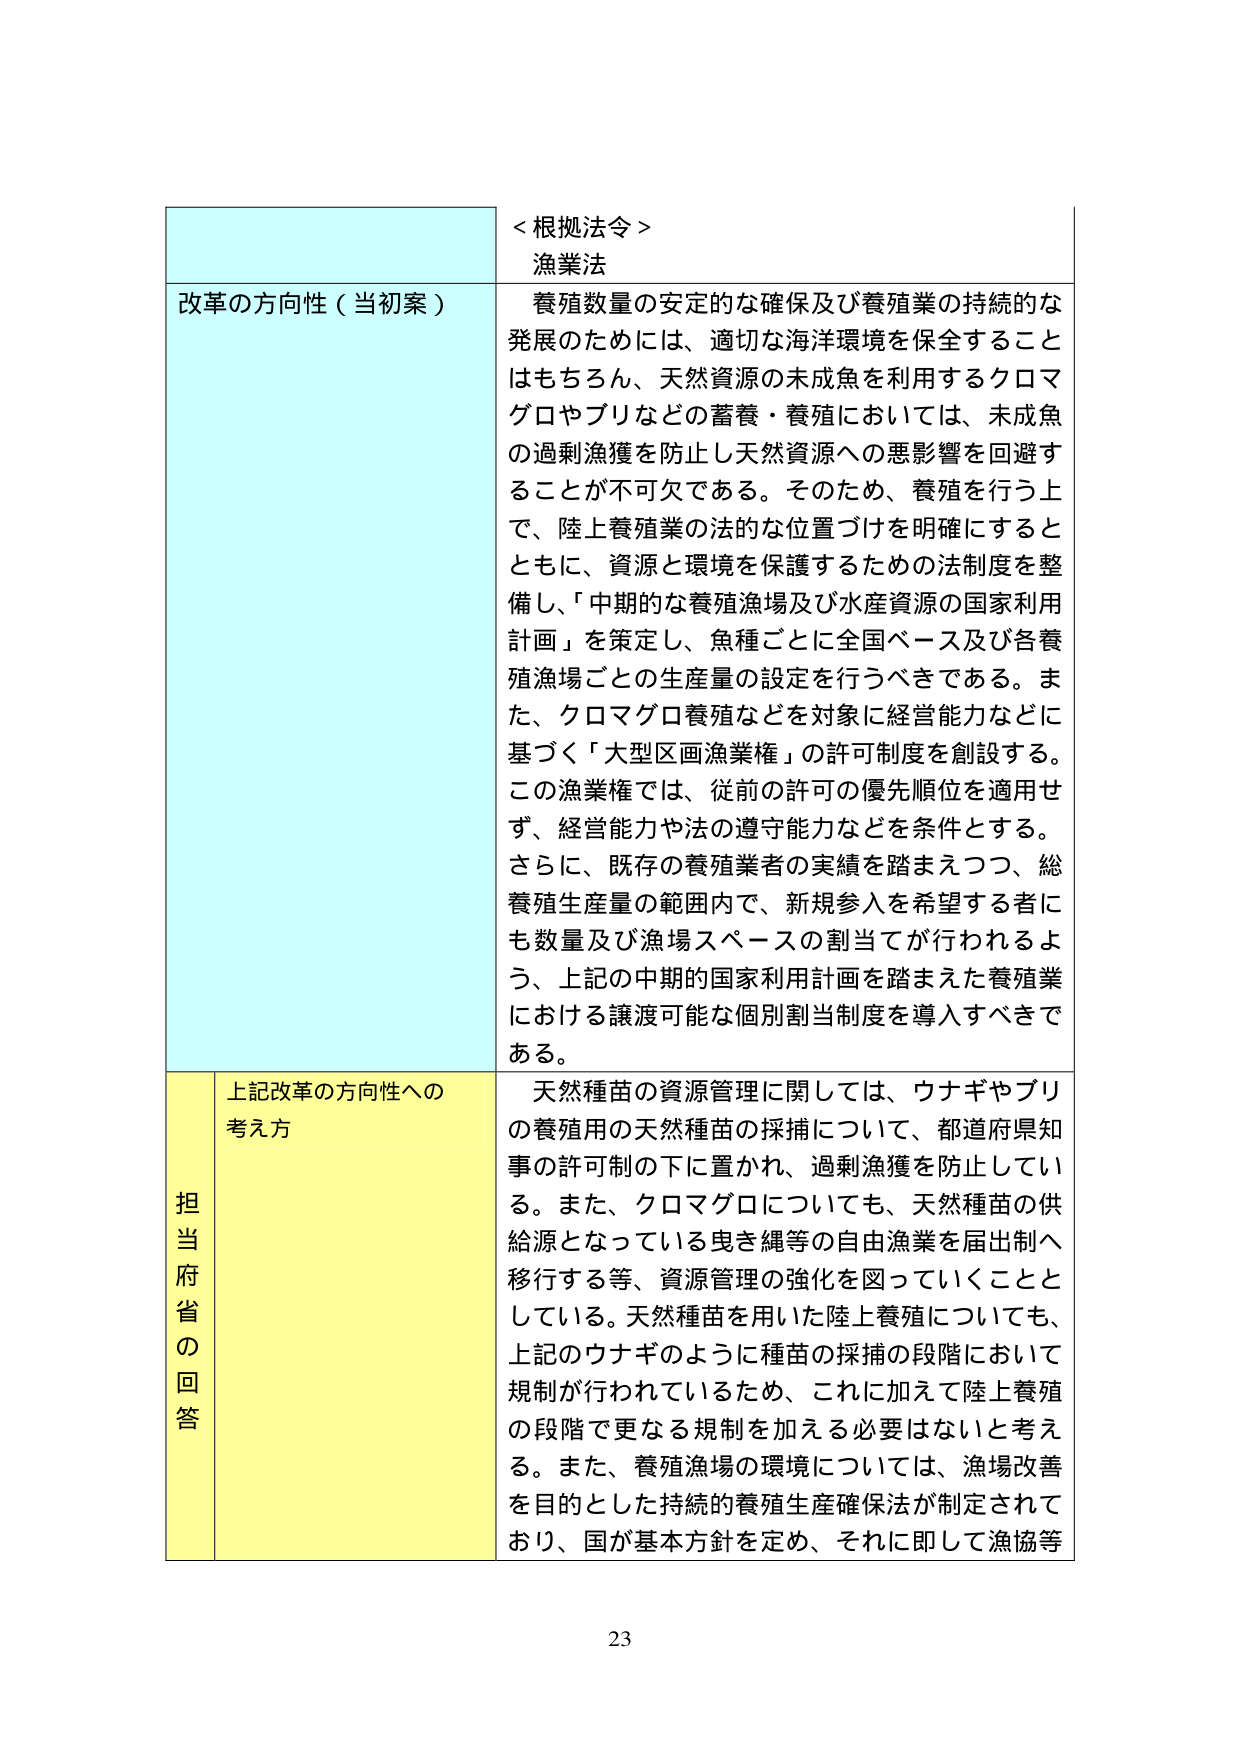
＜根拠法令＞
漁業法

改革の方向性（当初案）
養殖数量の安定的な確保及び養殖業の持続的な発展のためには、適切な海洋環境を保全することはもちろん、天然資源の未成魚を利用するクロマグロやブリなどの蓄養・養殖においては、未成魚の過剰漁獲を防止し天然資源への悪影響を回避することが不可欠である。そのため、養殖を行う上で、陸上養殖業の法的な位置づけを明確にするとともに、資源と環境を保護するための法制度を整備し、「中期的な養殖漁場及び水産資源の国家利用計画」を策定し、魚種ごとに全国ベース及び各養殖漁場ごとの生産量の設定を行うべきである。また、クロマグロ養殖などを対象に経営能力などに基づく「大型区画漁業権」の許可制度を創設する。この漁業権では、従前の許可の優先順位を適用せず、経営能力や法の遵守能力などを条件とする。さらに、既存の養殖業者の実績を踏まえつつ、総養殖生産量の範囲内で、新規参入を希望する者にも数量及び漁場スペースの割当てが行われるよう、上記の中期的国家利用計画を踏まえた養殖業における譲渡可能な個別割当制度を導入すべきである。

担当府省の回答
上記改革の方向性への考え方
天然種苗の資源管理に関しては、ウナギやブリの養殖用の天然種苗の採捕について、都道府県知事の許可制の下に置かれ、過剰漁獲を防止している。また、クロマグロについても、天然種苗の供給源となっている曳き縄等の自由漁業を届出制へ移行する等、資源管理の強化を図っていくこととしている。天然種苗を用いた陸上養殖についても、上記のウナギのように種苗の採捕の段階において規制が行われているため、これに加えて陸上養殖の段階で更なる規制を加える必要はないと考える。また、養殖漁場の環境については、漁場改善を目的とした持続的養殖生産確保法が制定されており、国が基本方針を定め、それに即して漁協等

23